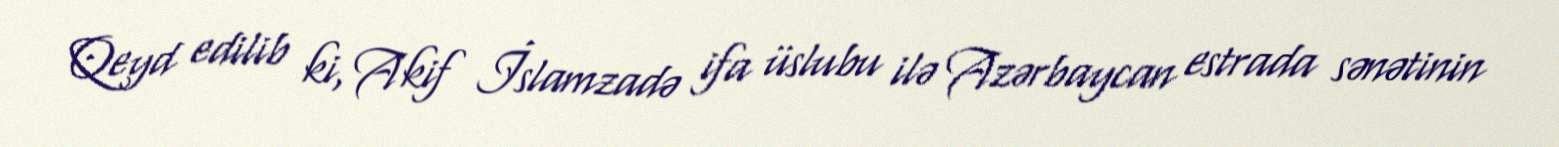
Qeyd edilib ki, Akif İslamzadə ifa üslubu ilə Azərbaycan estrada sənətinin